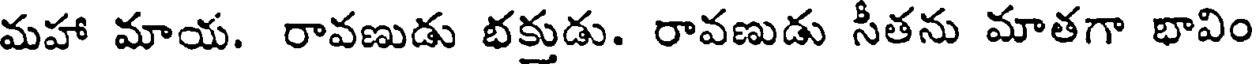
మహా మాయ. రావణుడు భక్తుడు. రావణుడు సీతను మాతగా భావిం